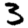
Digit: 3